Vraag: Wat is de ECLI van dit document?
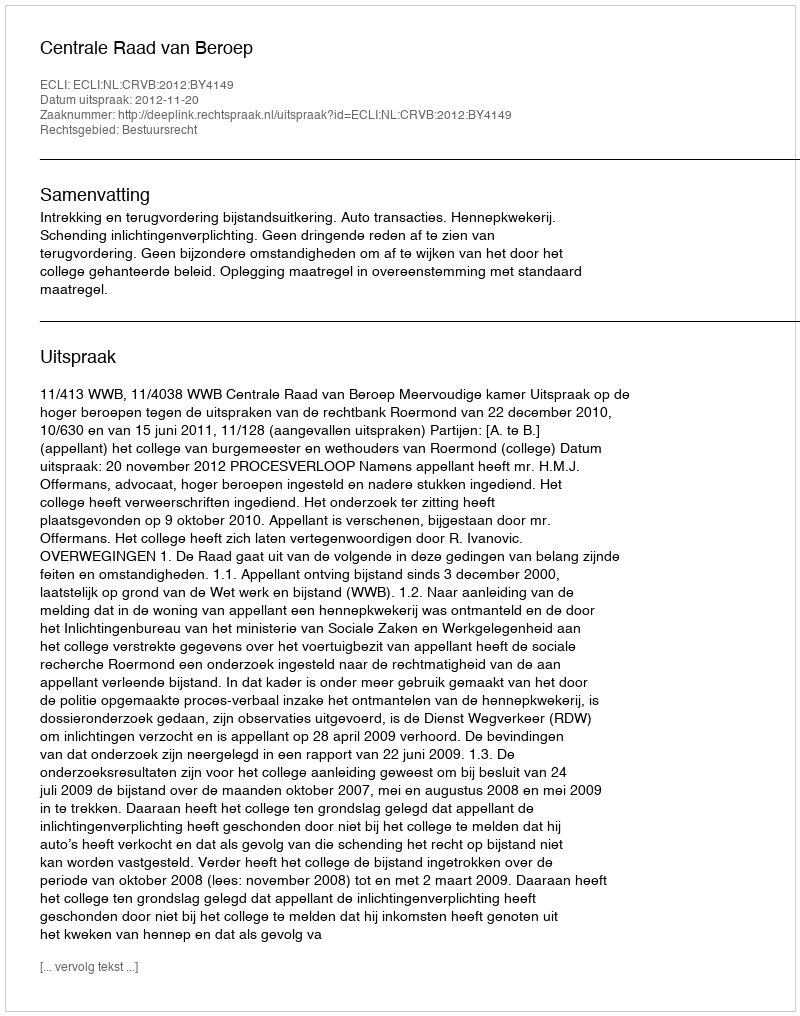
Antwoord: ECLI:NL:CRVB:2012:BY4149